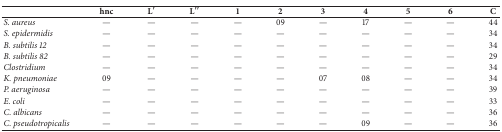
|  | hnc | L′ | L′′ | 1 | 2 | 3 | 4 | 5 | 6 | C |
 | --- | --- | --- | --- | --- | --- | --- | --- | --- | --- | --- |
 | S. aureus | — | — | — | — | 09 | — | 17 | — | — | 44 |
 | S. epidermidis | — | — | — | — | — | — | — | — | — | 34 |
 | B. subtilis 12 | — | — | — | — | — | — | — | — | — | 34 |
 | B. subtilis 82 | — | — | — | — | — | — | — | — | — | 29 |
 | Clostridium | — | — | — | — | — | — | — | — | — | 34 |
 | K. pneumoniae | 09 | — | — | — | — | 07 | 08 | — | — | 34 |
 | P. aeruginosa | — | — | — | — | — | — | — | — | — | 39 |
 | E. coli | — | — | — | — | — | — | — | — | — | 33 |
 | C. albicans | — | — | — | — | — | — | — | — | — | 36 |
 | C. pseudotropicalis | — | — | — | — | — | — | 09 | — | — | 36 |